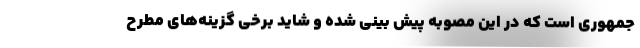
جمهوری است که در این مصوبه پیش بینی شده و شاید برخی گزینه‌های مطرح